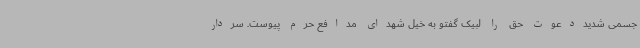
جسمی شدیددعوت حق را لبیک گفتو به خیل شهدای مدافع حرم پیوست. سردار